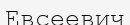
Евсеевич